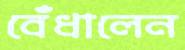
বেঁধালেন